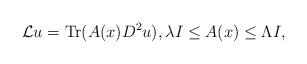
LaTeX: \begin{align*}\mathcal{L}u = \operatorname{Tr}(A(x)D^2u), \lambda I \leq A(x) \leq \Lambda I,\end{align*}